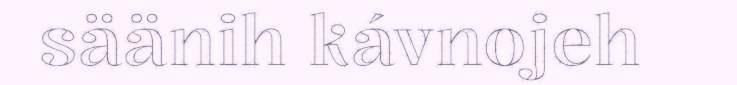
säänih kávnojeh